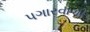
પગારવાળી